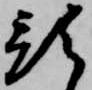
預